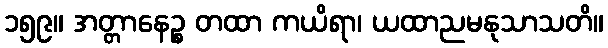
၁၅၉။ အတ္တာနေဉ္စ တထာ ကယိရာ၊ ယထာညမနုသာသတိ။